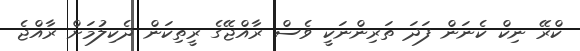
ކްރޭ ނިކް ކެނަން ފަދަ ތަރިންނަކީ ވެސް ރާއްޖޭގެ ރީތިކަން ދެކިލުމަށް ރާއްޖެ